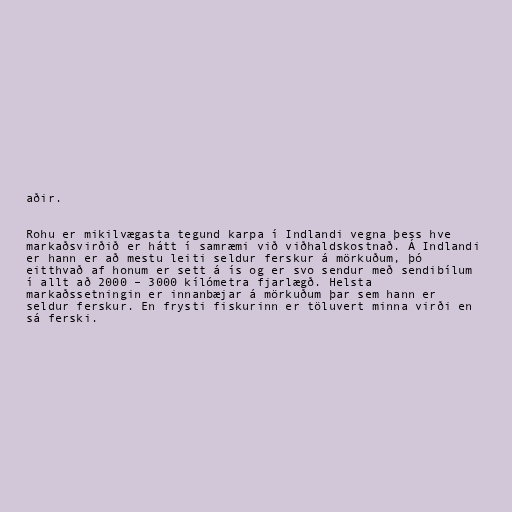
aðir.

Rohu er mikilvægasta tegund karpa í Indlandi vegna þess hve
markaðsvirðið er hátt í samræmi við viðhaldskostnað. Á Indlandi
er hann er að mestu leiti seldur ferskur á mörkuðum, þó
eitthvað af honum er sett á ís og er svo sendur með sendibílum
í allt að 2000 – 3000 kílómetra fjarlægð. Helsta
markaðssetningin er innanbæjar á mörkuðum þar sem hann er
seldur ferskur. En frysti fiskurinn er töluvert minna virði en
sá ferski.